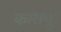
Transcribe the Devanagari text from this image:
कारापूर